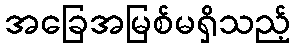
အခြေအမြစ်မရှိသည့်